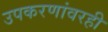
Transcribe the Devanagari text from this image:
उपकरणांवरही